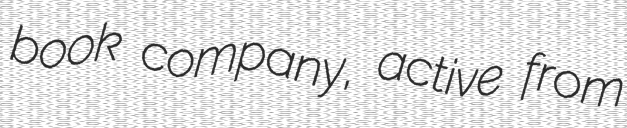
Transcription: book company, active from